Account of plague administration in the Bombay Presidency from September 1896 till May 1897
Year: 1896
Disease focus: Plague
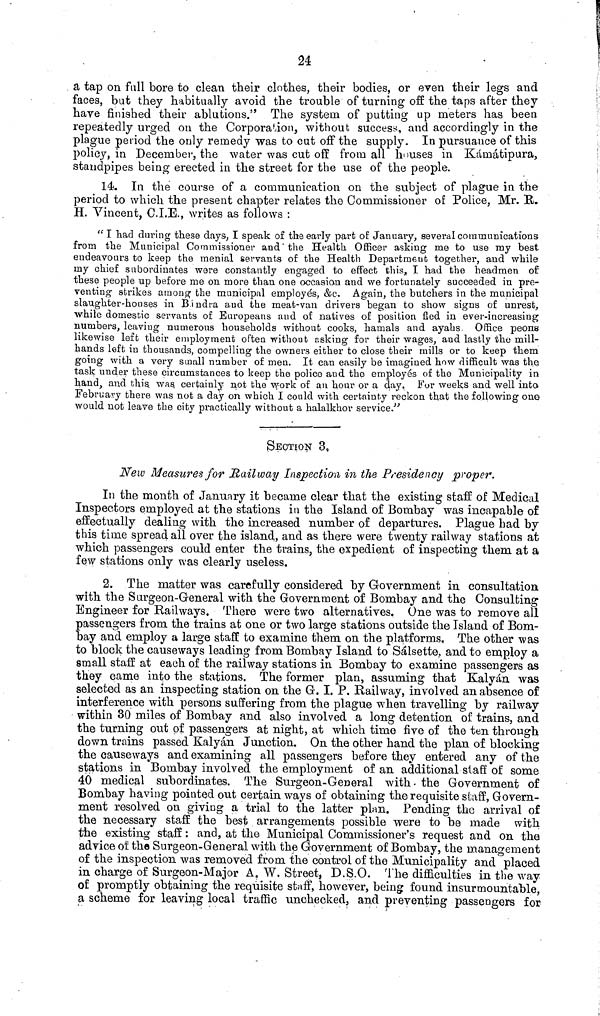
24
a tap on full bore to clean their clothes, their bodies, or even their legs and
faces, but they habitually avoid the trouble of turning off the taps after they
have finished their ablutions." The system of putting up meters has_ been
repeatedly urged on the Corporation, without success, and accordingly in the
plague period the only remedy was to cut off the supply. In pursuance of this
policy, in December, the water was cut off from all houses in Kiimatipura,
standpipes being erected in the street for the use of the people.
14. In the course of a communication on the subject of plague in the
period to which the present chapter relates the Commissioner of Police, Mr. H.
H. Vincent, C.I.E., writes as follows :
"I had during these days, I speak of the early part of January, several communications
from the Municipal Commissioner and'the Health Officer asking me to use my best
endeavours to keep the menial servants of the Health Department; together, and while
my chief subordinates were constantly engaged to effect this. I had the headmen of
these people up before me on more than one occasion and we fortunately succeeded in pre-
venting strikes among the municipal employes, &c. Again, the butchers in the municipal
slaughter-houses in B.indra and the meat-van drivers began to show signs of unrest,
while domestic servants of Europeans and of natives of position fied in ever-increasing
numbers, leaving numerous households without cooks, hamals and ayahs Office peons
likewise left their employment often without asking for their wages, and lastly the mill-
hands left in thousands, compelling the owners either to close their mills or to keep them
going with a very small number of men. It can easily be imagined how difficult was the.
task under these circumstances to keep the police and the employes of the Municipality in
handj and this was certainly not the work of an hour or a day. For weeks and well into
February there was not a day on which I could with certainty reckon th.at the following one
would not leave the city practically without a halalkhor service."
SECTION 3.
New Measures for Railway Inspection in the Presidency proper.
In the month of January it became clear that the existing staff of Medical
Inspectors employed at the stations in the Island of Bombay was incapable of
effectually dealing with the increased number of departures. Plague had by
this time spread all over the island, and as there were twenty railway stations at
which passengers could enter the trains, the expedient of inspecting them at a
few stations only was clearly useless.
2. The matter was carefully considered by Government in consultation
with the Surgeon-General with the Government of Bombay and the Consulting
Engineer for Railways. There were two alternatives. One was to remove all
passengers from the trains at one or two large stations outside the Island of Bom-
bay and employ a large staff to examine them on the platforms. The other was
to block the causeways leading from Bombay Island to Sàlsette, and to employ a
small staff at each of the railway stations in Bombay to examine passengers as
they came into the stations. The former plan, assuming that Kalyàn was
selected as an inspecting station on the G. I. P. Railway, involved an absence of
interference with persons suffering from the plague when travelling by railway
within 30 miles of Bombay and also involved a long detention of trains, and
the turning out of passengers at night, at which time five of the ten through
down trains passed Kalyan Junction. On the other hand the plan of blocking
the causeways and examining all passengers before they entered any of the
stations in Bombay involved the employment of an additional staff of some
40 medical subordinates. The Surgeon-General with the Government of
Bombay having pointed out certain ways of obtaining the requisite staff, Govern-
ment resolved on giving a trial to the latter plan. Pending the arrival of
the necessary staff the best arrangements possible were to be made with
the existing staff : and, at the Municipal Commissioner's request and on the
advice of the Surgeon-General with the Government of Bombay, the management
of the inspection was removed from the control of the Municipality and placed
in charge of Surgeon-Major A, W. Street, D.S.O. The difficulties in the way
of promptly obtaining the requisite staff, however, being found insurmountable,
a scheme for leaving local traffic unchecked, and preventing passengers for